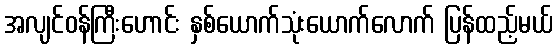
အလျင်ဝန်ကြီးဟောင်း နှစ်ယောက်သုံးယောက်လောက် ပြန်ထည့်မယ်